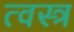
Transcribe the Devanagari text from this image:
त्वस्त्र